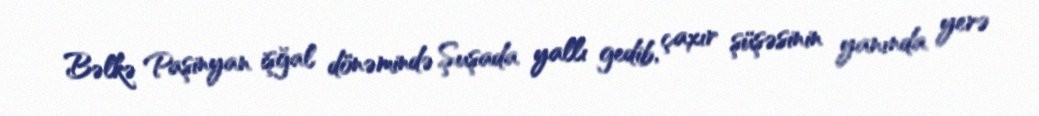
Bəlkə Paşinyan işğal dönəmində Şuşada yallı gedib, çaxır şüşəsinin yanında yerə